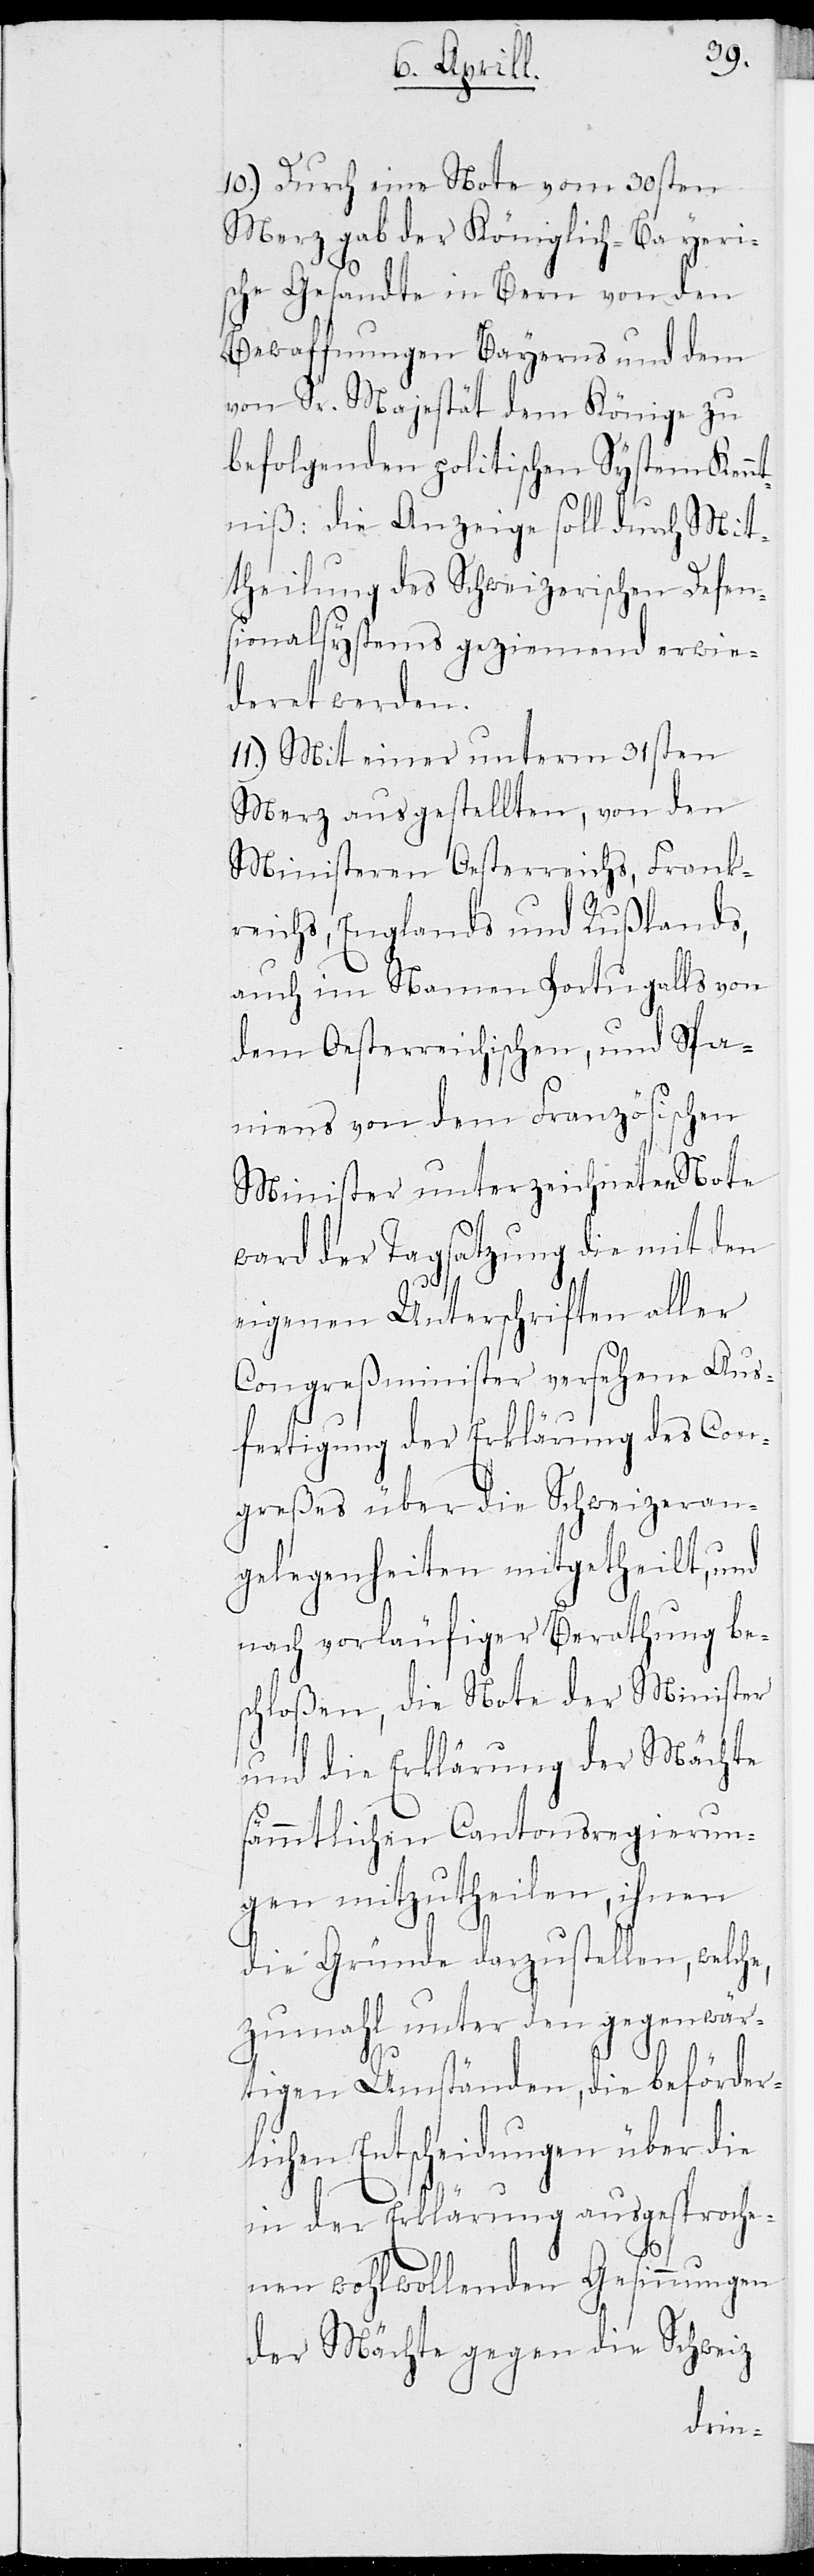
10.) Durch eine Note vom 30sten
Merz gab der Königlich-Bayeri¬
sche Gesandte in Bern von den
Bewaffnungen Bayerns und dem
Sr. Majestät dem Könige zu
befolgenden politischen System Kennt¬
niß: die Anzeige soll durch Mit¬
theilung des Schweizerischen Defen¬
sionalsystems geziemend erwie¬
deret werden.
11.) Mit einer unterm 31sten
Merz ausgestellten, von den
Ministeren Oesterreichs, Frank¬
reichs, Englands und Rußlands,
auch im Namen Portugalls von
dem Oesterreichischen, und Spa¬
niens von dem Französischen
Minister unterzeichneten Note
ward der Tagsatzung die mit den
eigenen Unterschriften aller
Congreßminister versehene Aus¬
fertigung der Erklärung des Con¬
greßes über die Schweizeran¬
gelegenheiten mitgetheilt, und
nach vorläufiger Berathung be¬
schloßen, die Note der Minister
und die Erklärung der Mächte
sämmtlichen Cantonsregierun¬
gen mitzutheilen, ihnen
die Gründe darzustellen, welche,
zumahl unter den gegenwär¬
tigen Umständen, die beförder¬
lichen Entscheidungen über die
in der Erklärung ausgesproche¬
nen Wohlwollenden Gesinnungen
der Mächte gegen die Schweiz